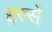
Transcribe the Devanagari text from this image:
हस्से